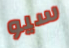
سيو